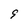
Character: 9